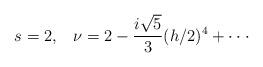
LaTeX: \begin{align*}s=2,\;\;\;\nu=2-\frac{i\sqrt{5}}{3}(h/2)^4+\cdot\cdot\cdot\end{align*}